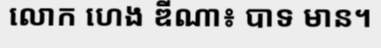
លោក ហេង ឌីណា៖ បាទ មាន។